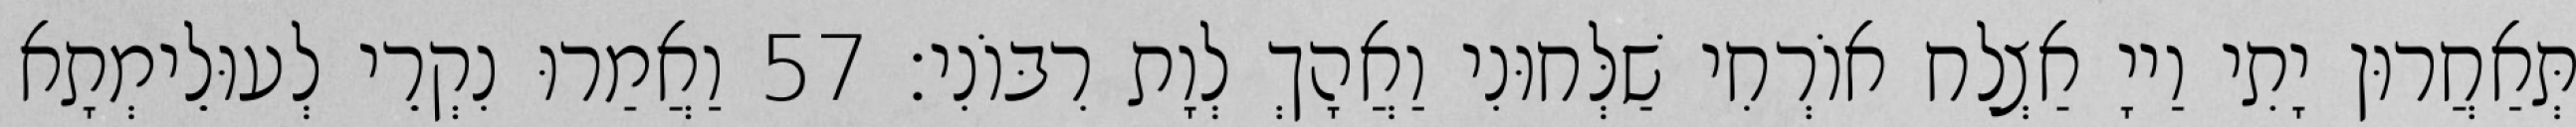
תְּאַחֲרוּן יָתִי וַייָ אַצְלַח אוֹרְחִי שַׁלְּחוּנִי וַאֲהָךְ לְוָת רִבּוֹנִי׃ 57 וַאֲמַרוּ נִקְרֵי לְעוּלֵימְתָא